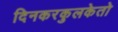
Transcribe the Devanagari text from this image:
दिनकरकुलकेतो